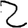
Digit: 2